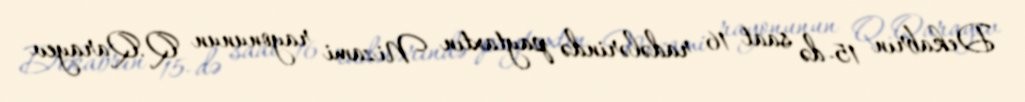
Dekabrın 15-də saat 16 radələrində paytaxtın Nizami rayonunun Q.Qarayev